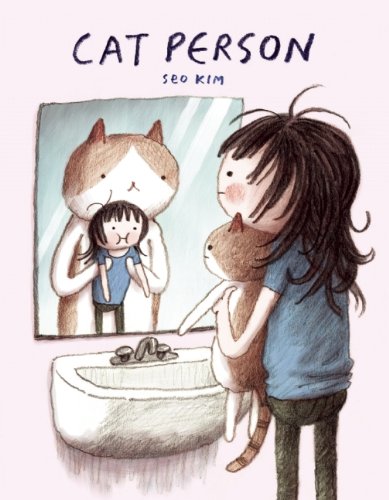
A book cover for Cat Person; Seo Kim; Comics & Graphic Novels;